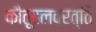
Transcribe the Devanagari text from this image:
कौतूहलव्रत्ति